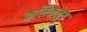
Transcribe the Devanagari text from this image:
कलिकलुष